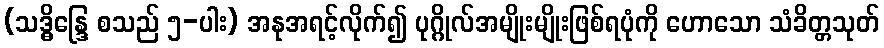
(သဒ္ဓိန္ဒြေ စသည် ၅-ပါး) အနုအရင့်လိုက်၍ ပုဂ္ဂိုလ်အမျိုးမျိုးဖြစ်ရပုံကို ဟောသော သံခိတ္တသုတ်